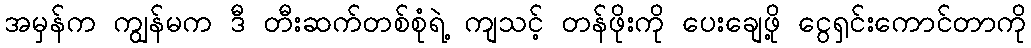
အမှန်က ကျွန်မက ဒီ တီးဆက်တစ်စုံရဲ့ ကျသင့် တန်ဖိုးကို ပေးချေဖို့ ငွေရှင်းကောင်တာကို